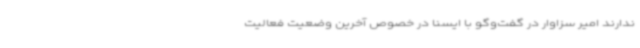
ندارند امیر سزاوار در گفت‌وگو با ایسنا در خصوص آخرین وضعیت فعالیت